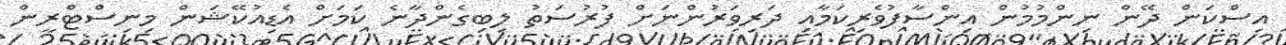
އިސްކަން ދޭން ނިންމުމުން އިންސާފުވެރިކަމާއި ދަރިވަރުންނަށް ފުރުސަތު ލިބިގެންދާނެ ކަމަށް އެޑިއުކޭޝަން މިނިސްޓްރީން